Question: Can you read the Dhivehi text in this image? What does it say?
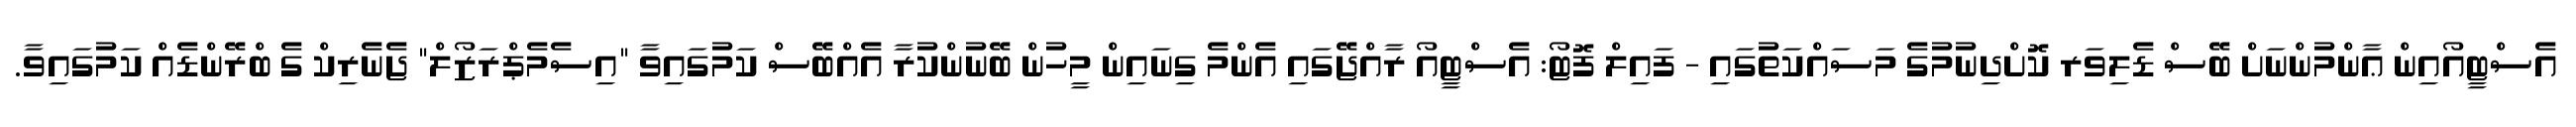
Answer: އެސްޓީއޯއިން ޢާންމުންނަށް ބޭސް ޑެލިވަރ ކޮށްދިނުމުގެ މަސައްކަތުގައި - ފައިލް ފޮޓޯ: އެސްޓީއޯ ރާއްޖޭގައި އެންމެ ގިނައިން މީހުން ބޭނުންކުރާ އެއްބޭސް ކަމުގައިވާ "އިސެމެޕްރަޒޯލް" ޖެނެރިކް ގެ ބްރޭންޑެއް ކަމުގައިވާ.